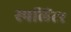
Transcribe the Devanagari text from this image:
स्पलिंटर